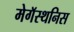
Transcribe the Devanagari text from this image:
मेगॅस्थनिस